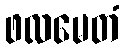
ဖလမေတံ